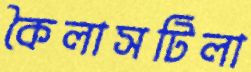
কৈলাসটিলা